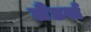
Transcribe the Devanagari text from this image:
लैंडर्स